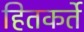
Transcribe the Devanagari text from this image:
हितकर्ते